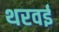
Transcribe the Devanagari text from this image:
थरवई